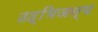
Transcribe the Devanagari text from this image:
उद्भिजन्य